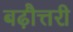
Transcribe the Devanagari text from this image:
बढ़ौत्तरी